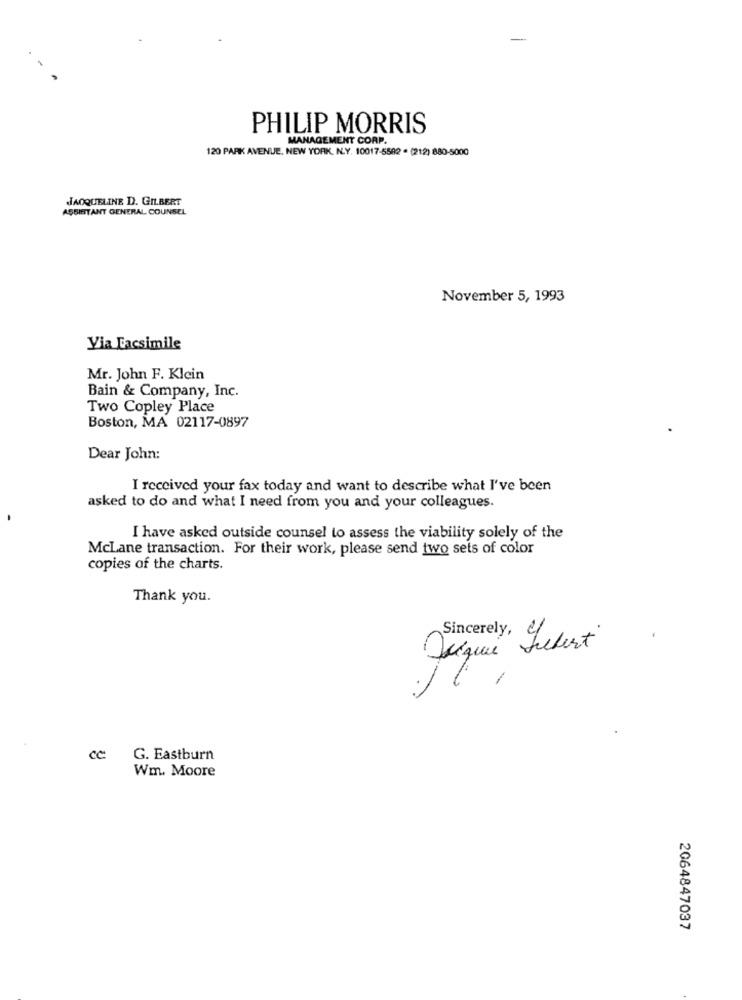
PHILIP MORRIS
MANAGEMENT CORP.
120 PARK AVENUE, NEW YORK. N.Y. 10017-5582 . (212) 880-5000
JACQUELINE D. GILBERT
ASSISTANT GENERAL COUNSEL
November 5, 1993
Via Facsimile
Mr. John F. Klein
Bain & Company, Inc.
Two Copley Place
Boston, MA 02117-0897
Dear John:
I received your fax today and want to describe what I've been
asked to do and what I need from you and your colleagues.
I have asked outside counsel to assess the viability solely of the
McLane transaction. For their work, please send two sets of color
copies of the charts.
Thank you.
Vique Lebert
-
G. Eastburn
Wm. Moore
2064847037